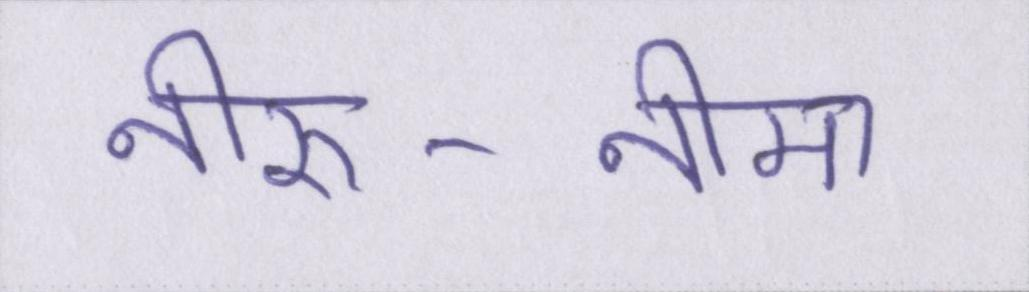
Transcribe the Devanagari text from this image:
नीरु-नीमा